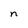
Character: n